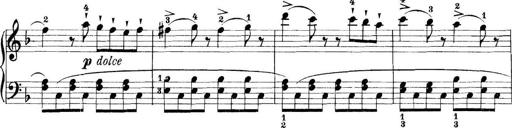
Title: 11 Sonatinas
Composer: Anton Diabelli